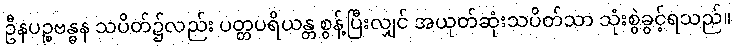
ဦနပဉ္စဗန္ဓန သပိတ်၌လည်း ပတ္တပရိယန္တ စွန့်ပြီးလျှင် အယုတ်ဆုံးသပိတ်သာ သုံးစွဲခွင့်ရသည်။